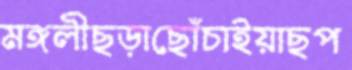
মঙ্গলীছড়াছোঁচাইয়াছপ